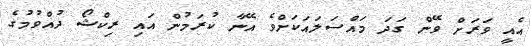
އެއީ ވަރަށް ވޭން ގަދަ މައްސަލައަކަށްވެ އޭނާ ކުރަމުން އައި ރިކްޝޯ ދުއްވުމުގެ